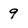
Character: 9